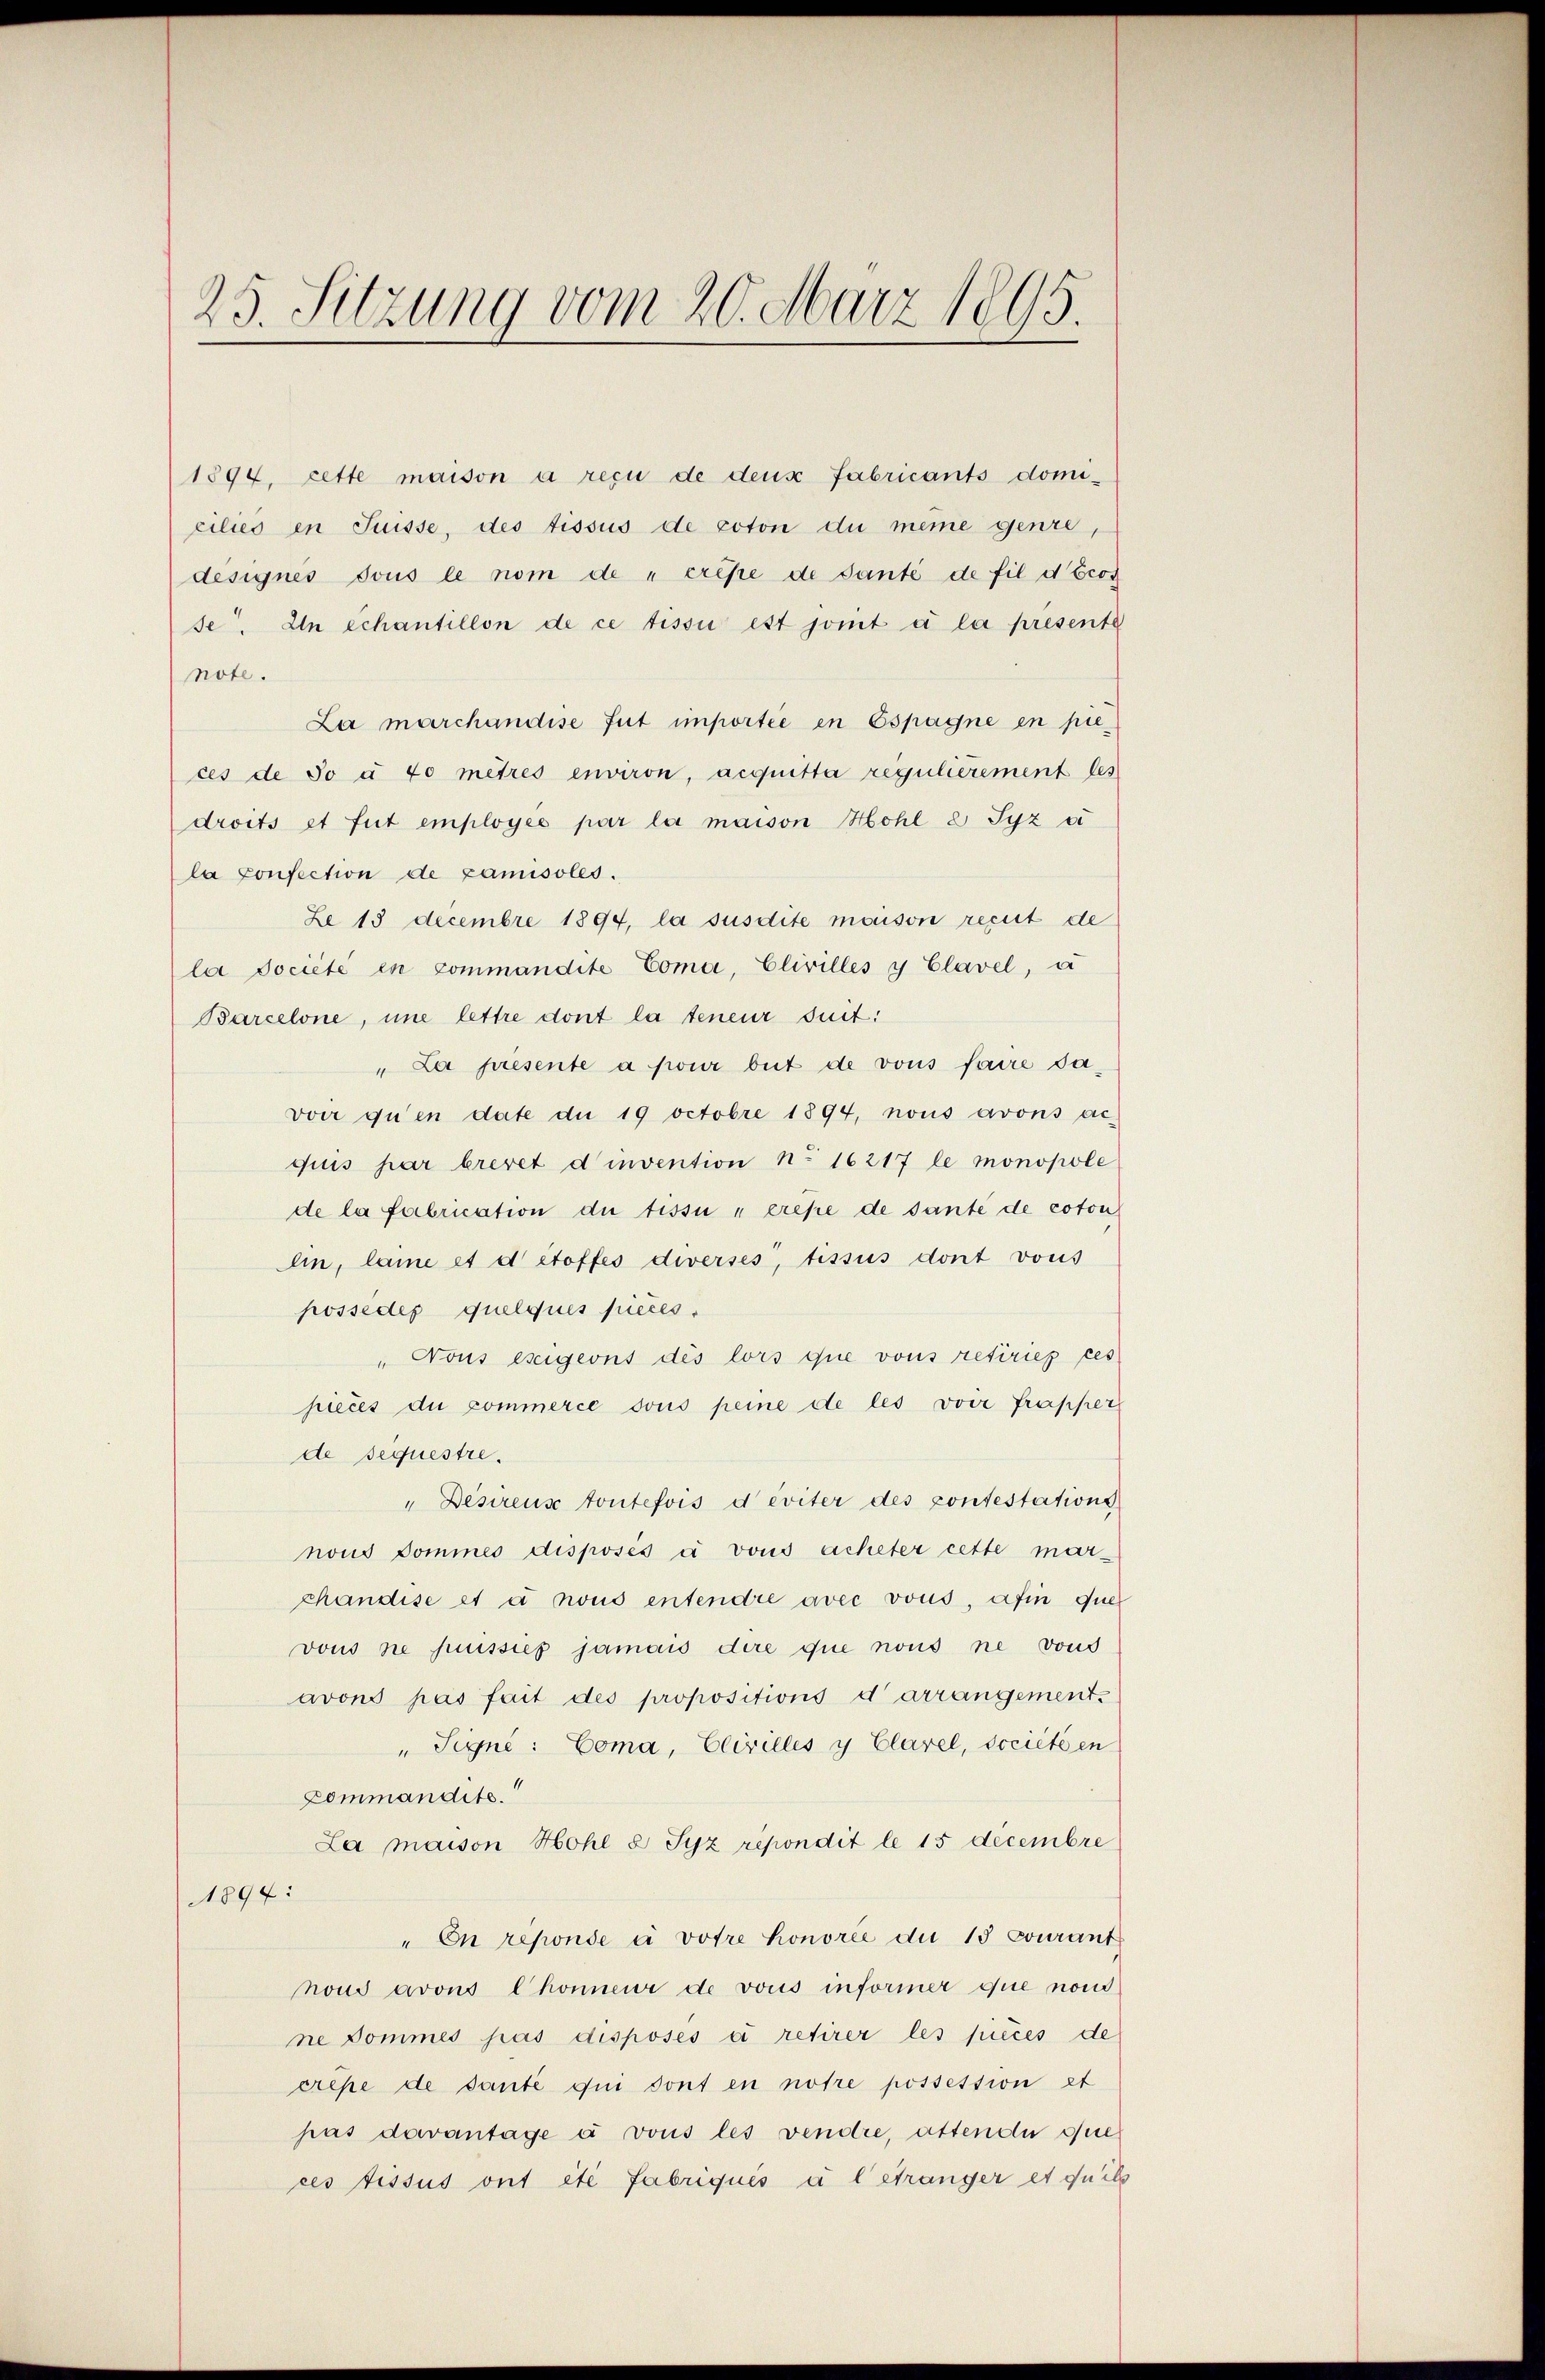
25. Sitzung vom 20. März 1895.

1894, cette maison a reçu de deux fabricants domiciliés en Suisse, des tissus de coton du meine genre,
designés sous le nom de „crépe de Santé de fil décon
se. In echantillon de ce tissi est somit a la presente
note.
La marchandise fut importée en Espagne en pieces de so a 40 mètres environ, acquitta regulièrement les
droits et fut employés par la maison Hohl E Syz ei
la Confection de Camisoles.
Ze 18 Decembre 1894, la susdite maison recuit de
la Societe en commandite Coma, Elivilles y Clavel, a
Barcelone, une lettre dont la teneur suit:
"La presente a pour beit de vous faire davon qu’en date du 19 Octobre 1894, nous avons ac-
quis par brevet d invention No 16217 le monopole
de la fabrication du tissi " erese de sante de coton
lin, lame et détoffes diverses, tissus dont vous
possédés quelques pièces.
"Cous eseigeons des lors que vons retiries ces
pieces du commerce sous peine de les voir frapper
de séquestre.
"Desirens toutefois deviter des contestations
nous domines disposés à vous acheter cette mar-
chändise et à nous entendre avec vous, afin quel
vons ne puisses jamais dere que nous ne von
avons pas fait des propositions d’arrangement.
" Signé: Coma, Civilles y Clavel, societen
Lommandito.
La maison Hohl 8 Syz répondit le 15 decembre
1894:
" en reponde à votre honorie du 18 courant
houd arons Chonneur de vous informer que non
ne Dommes pas disposés a retirer les pièces de
crepe de sante qui dont en notre possession et
pas davantage à vous les vendre, attende sie
ces fissus ont été fabriqués à l’étranger et qu’ils